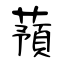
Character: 蕷